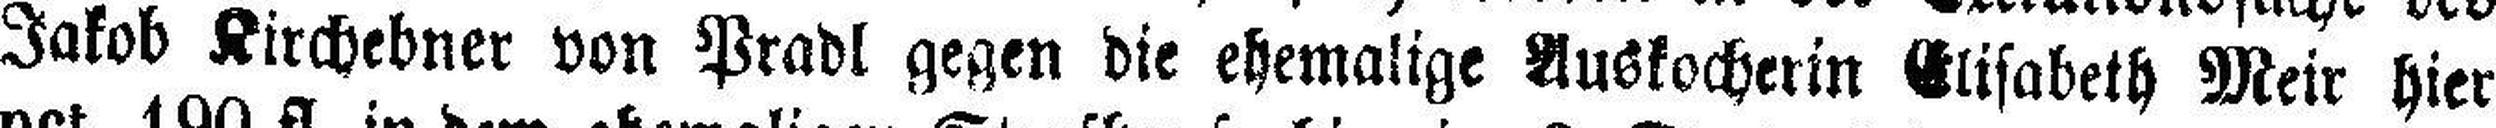
Jakob Kirchebner von Pradl gegen die ehemalige Auskocherin Elisabeth Meir hier